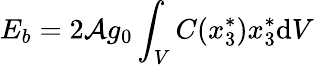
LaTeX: E_{b}=2\mathcal{A}g_{0}\int_{V}C(x_{3}^{*})x_{3}^{*}\mathrm{d}V